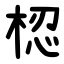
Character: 梕